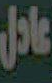
عادل